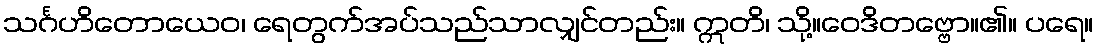
သင်္ဂဟိတောယေဝ၊ ရေတွက်အပ်သည်သာလျှင်တည်း။ ဣတိ၊ သို့။ဝေဒိတဗ္ဗော။၏။ ပရေ။